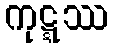
ကုဋ္ဋဿ